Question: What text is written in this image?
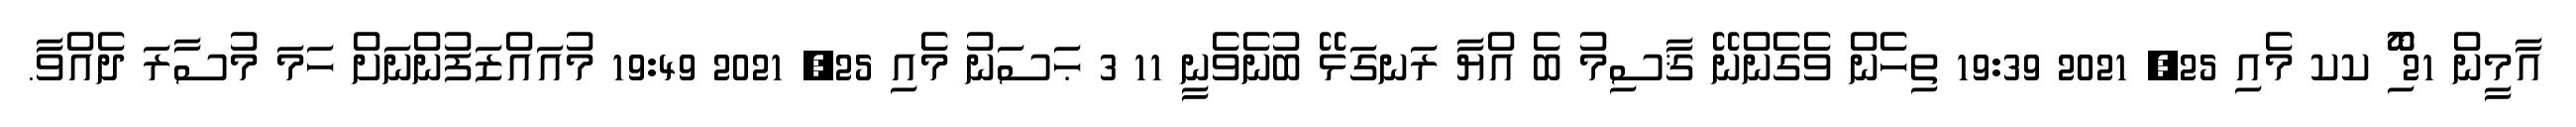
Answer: އާމީން 21 ޯޮޮި ކކ މެއި 25, 2021 19:39 ތިހެން ވެގެންނޭ ޤާސިމު ބެ އްޔާ ރަނގަޅޭ ބުނެވެނީ 11 3 ޙަސަނު މެއި 25, 2021 19:49 މުއައްޒަފުންނަށް ހަމަ މުސާރަ ދެއްވާ.